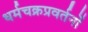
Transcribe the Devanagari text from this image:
धर्मचक्रप्रवर्तनों